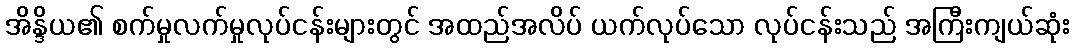
အိန္ဒိယ၏ စက်မှုလက်မှုလုပ်ငန်းများတွင် အထည်အလိပ် ယက်လုပ်သော လုပ်ငန်းသည် အကြီးကျယ်ဆုံး